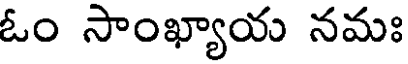
ఓం సాంఖ్యాయ నమః